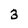
Character: 3